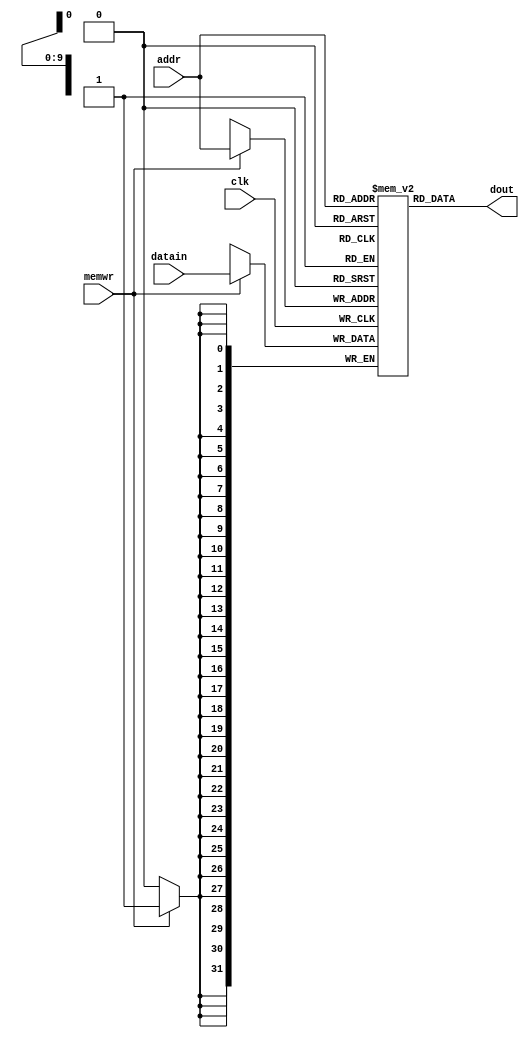
module dm_4k(addr,datain,memwr,clk,dout);
	input	[11:2]	addr ;  // address bus
	input	[31:0]	datain ;   // 32-bit input data
	input	memwr ;    // memory write enable
	input	clk ;   // clock
	integer i;
	output	reg	[31:0]  dout ;  // 32-bit memory output

	reg			[31:0]	dm[1023:0] ;
	initial
	begin
		for(i = 0;i<1023;i = i + 1)
		dm[i] = 32'b0;
	end

	always @(posedge clk) begin
		if (memwr) begin		//????mem
			dm[addr[11:2]][31:0] <= datain[31:0];
		end
	end

	always @(addr) begin
		dout[31:0] <= dm[addr[11:2]][31:0];
	end
endmodule